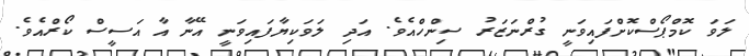
ލަވަ ކޮމްޕޯސްކޮށްފައިވަނީ ގުރްނަޒަރު ސިންހްއެވެ. އަދި ލަވަކިޔާފައިވަނީ އޭނާ އާ އަސީސް ކޯރްއެވެ.